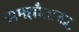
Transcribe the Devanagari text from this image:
समझौताबद्ध